Civil Veterinary Dept. North-West Frontier Province 1901-22 - 1901-1922
Year: 1901
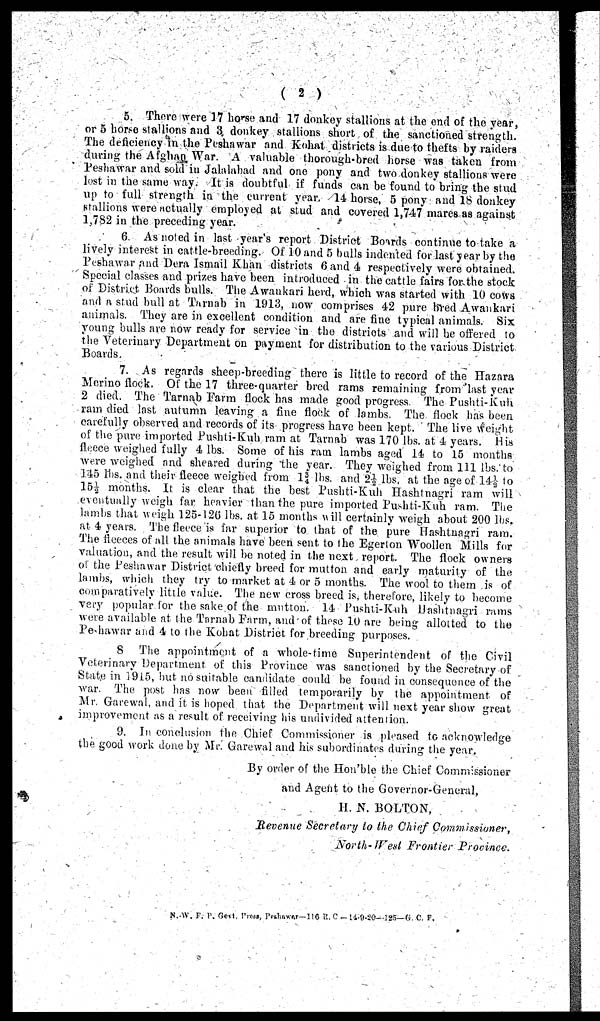
(2)
5. There were 17 horse and 17 donkey stallions at the end of the year,
or 5 horse stallions and 3 donkey stallions short of the sanctioned strength.
The deficiency in the Peshawar and Kohat districts is due to thefts by raiders
during the Afghan War. A valuable thorough-bred horse was taken from
Peshawar and sold in Jalalabad and one pony and two donkey stallions were
lost in the same way. It is doubtful if funds can be found to bring the stud
up to full strength in the current year. 14 horse, 5 pony and 18 donkey
stallions were actually employed at stud and covered 1,747 mares as against
1,782 in the preceding year.
6 As noted in last year's report District Boards continue to take a
lively interest in cattle-breeding. Of 10 and 5 bulls indented for last year by the
Peshawar and Dera Ismail Khan districts 6 and 4 respectively were obtained.
Special classes and prizes have been introduced in the cattle fairs for the stock
of District Boards bulls. The Awankari herd, which was started with 10 cows
and a stud bull at Tarnab in 1913, now comprises 42 pure bred Awankari
animals. They are in excellent condition and are fine typical animals. Six
young bulls are now ready for service in the districts and will be offered to
the Veterinary Department on payment for distribution to the various District
Boards
7. As regards sheep-breeding there is little to record of the Haznra
Merino flock. Of the 17 three-quarter bred rams remaining from last year
2 died. The Tarnab Farm flock has made good progress. The Pushti-Kuh
ram died last autumn leaving a fine flock of lambs. The flock has been
carefully observed and records of its progress have been kept. The live weight
of the pure imported Pushti-Kuh ram at Tarnab was 170 lbs. at 4 years. His
fleece weighed fully 4 lbs. Some of his ram lambs aged 14 to 15 months
were weighed and sheared during the year. They weighed from 111 lbs. to
145 lbs. and their fleece weighed from 1 3/4 lbs. and 2½ lbs, at the age of 14½ to
15½ months. It is clear that the best Pushti-Kuh Hashtnagri ram will
eventually weigh far heavier than the pure imported Pushti-Kuh ram. The
lambs that weigh 125-126 lbs. at 15 months will certainly weigh about 200 lbs.
at 4 years. The fleece is far superior to that of the pure Hashtnagri ram.
The fleeces of all the animals have been sent to the Egerton Woollen Mills for
valuation, and the result will be noted in the next report. The flock owners
of the Peshawar District chiefly breed for mutton and early maturity of the
lambs, which they try to market at 4 or 5 months. The wool to them is of
comparatively little value. The new cross breed is, therefore, likely to become
very popular for the sake of the mutton. 14 Pushti-Kuh Hashtnagri rams
were available at the Tarnab Farm, and of these 10 are being allotted to the
Pe-hawar and 4 to the Kohat District for breeding purposes.
8 The appointment of a whole-time Superintendent of the Civil
Veterinary Department of this Province was sanctioned by the Secretary of
State in 1915, but no suitable candidate could be found in consequence of the
war. The post has now been filled temporarily by the appointment of
Mr. Garewal, and it is hoped that the Department will next year show great
improvement as a result of receiving his undivided attention.
9. In conclusion the Chief Commissioner is pleased to acknowledge
the good work done by Mr. Garewal and his subordinates during the year.
By order of the Hon'ble the Chief Commissioner
and Agent to the Governor-General,
H. N. BOLTON,
Revenue Secretary to the Chief Commissioner,
North-West Frontier Province.
N. W. F. P. Govt. Press, Peshawar-116 R. C—14-9-20—125—G. C. F.